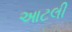
આટલી